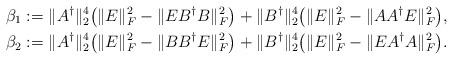
LaTeX: \begin{align*}&\beta_{1}:=\|A^{\dagger}\|_{2}^{4}\big(\|E\|_{F}^{2}-\|EB^{\dagger}B\|_{F}^{2}\big)+\|B^{\dagger}\|_{2}^{4}\big(\|E\|_{F}^{2}-\|AA^{\dagger}E\|_{F}^{2}\big),\\&\beta_{2}:=\|A^{\dagger}\|_{2}^{4}\big(\|E\|_{F}^{2}-\|BB^{\dagger}E\|_{F}^{2}\big)+\|B^{\dagger}\|_{2}^{4}\big(\|E\|_{F}^{2}-\|EA^{\dagger}A\|_{F}^{2}\big).\end{align*}